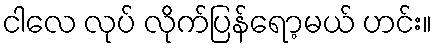
ငါလေ လုပ် လိုက်ပြန်ရော့မယ် ဟင်း။